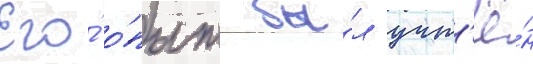
Его́ о́пыт бы́л учт'ё́н